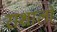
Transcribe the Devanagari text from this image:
राशालो